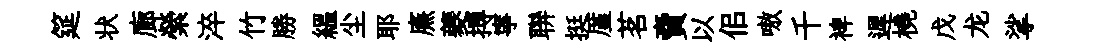
筵状廊縈淬竹勝緼尘耶㢘夔搏寧聨挺厪茗𧶠以佀嗷千裨遲橈戊龙挲